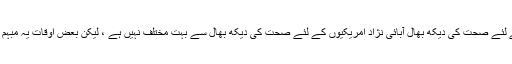
تارکین وطن کے لئے صحت کی دیکھ بھال آبائی نژاد امریکیوں کے لئے صحت کی دیکھ بھال سے بہت مختلف نہیں ہے ، لیکن بعض اوقات یہ مبہم بھی ہوسکتا ہے۔